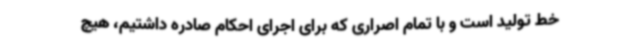
خط تولید است و با تمام اصراری که برای اجرای احکام صادره داشتیم، هیچ